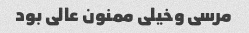
مرسی وخیلی ممنون عالی بود